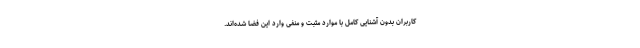
کاربران بدون آشنایی کامل با موارد مثبت و منفی وارد این فضا شده‌اند.